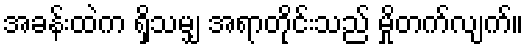
အခန်းထဲက ရှိသမျှ အရာတိုင်းသည် မှိုတက်လျက်။